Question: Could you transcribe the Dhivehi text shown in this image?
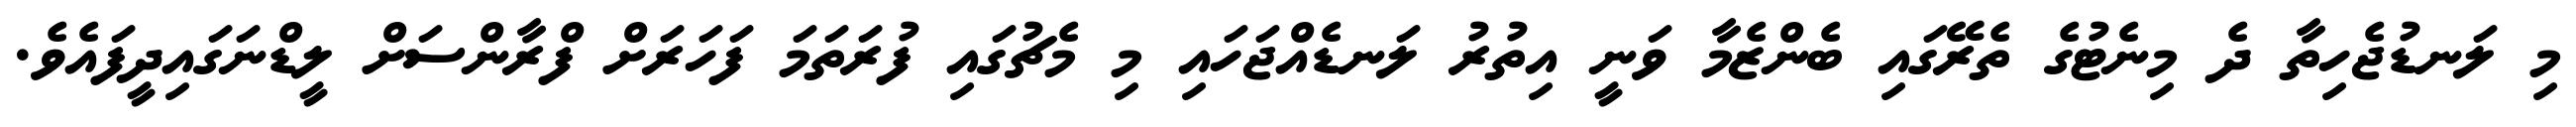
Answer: މި ލަނޑުޖެހިތާ ދެ މިނެޓުގެ ތެރޭގައި ބެންޒެމާ ވަނީ އިތުރު ލަނޑެއްޖަހައި މި މެޗުގައި ފުރަތަމަ ފަހަރަށް ފްރާންސަށް ލީޑްނަގައިދީފައެވެ.